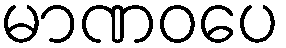
မာဏဝပေ